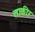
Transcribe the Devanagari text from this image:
ताकीर